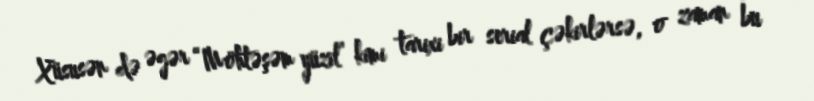
Xüsusən də əgər “Möhtəşəm yüzil” kimi tarixi bir serial çəkirlərsə, o zaman bu